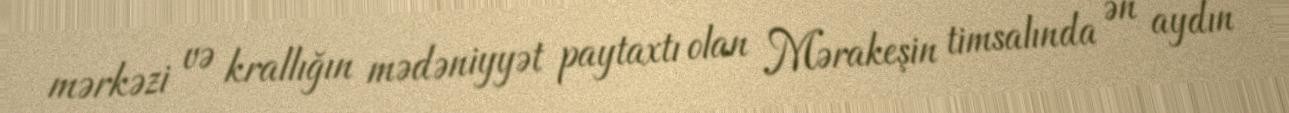
mərkəzi və krallığın mədəniyyət paytaxtı olan Mərakeşin timsalında ən aydın